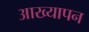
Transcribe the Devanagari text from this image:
आख्यापन